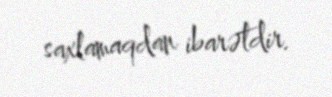
saxlamaqdan ibarətdir.